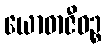
ယောဓာဇီဝဉ္စ